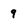
Character: 9